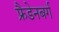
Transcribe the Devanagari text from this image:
फ्रैडेनबर्ग